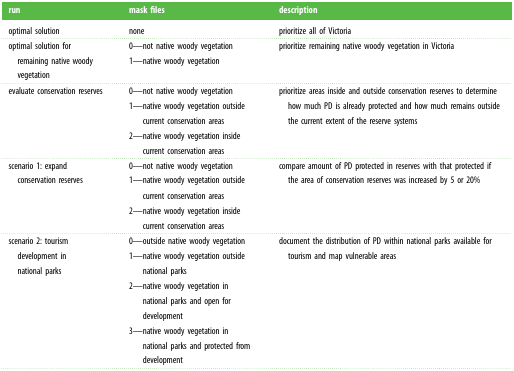
<table><thead><tr><td><b>run</b></td><td><b>mask files</b></td><td><b>description</b></td></tr></thead><tbody><tr><td>optimal solution</td><td>none</td><td>prioritize all of Victoria</td></tr><tr><td>optimal solution for remaining native woody vegetation</td><td>0—not native woody vegetation1—native woody vegetation</td><td>prioritize remaining native woody vegetation in Victoria</td></tr><tr><td>evaluate conservation reserves</td><td>0—not native woody vegetation1—native woody vegetation outside current conservation areas2—native woody vegetation inside current conservation areas</td><td>prioritize areas inside and outside conservation reserves to determine how much PD is already protected and how much remains outside the current extent of the reserve systems</td></tr><tr><td>scenario 1: expand conservation reserves</td><td>0—not native woody vegetation1—native woody vegetation outside current conservation areas2—native woody vegetation inside current conservation areas</td><td>compare amount of PD protected in reserves with that protected if the area of conservation reserves was increased by 5 or 20%</td></tr><tr><td>scenario 2: tourism development in national parks</td><td>0—outside native woody vegetation1—native woody vegetation outside national parks2—native woody vegetation in national parks and open for development3—native woody vegetation in national parks and protected from development</td><td>document the distribution of PD within national parks available for tourism and map vulnerable areas</td></tr></tbody></table>